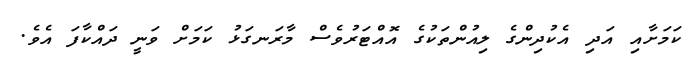
ކަމަށާއި އަދި އެކުދިންގެ ލިއުންތަކުގެ އޮއްޓަރުވެސް މާރަނގަޅު ކަމަށް ވަނީ ދައްކާފަ އެވެ.